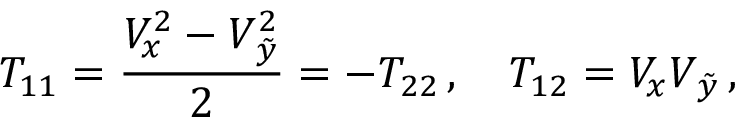
T _ { 1 1 } = \frac { V _ { x } ^ { 2 } - V _ { \tilde { y } } ^ { 2 } } 2 = - T _ { 2 2 } \, , \quad T _ { 1 2 } = V _ { x } V _ { \tilde { y } } \, ,